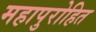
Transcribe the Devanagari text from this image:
महापुरोहित